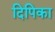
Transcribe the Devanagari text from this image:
दिपिका